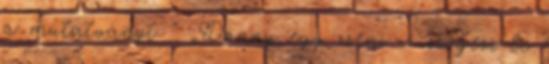
a mutatványt ” „Danny egy zseni – szögezi le